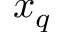
x _ { q }